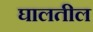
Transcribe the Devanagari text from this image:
घालतील